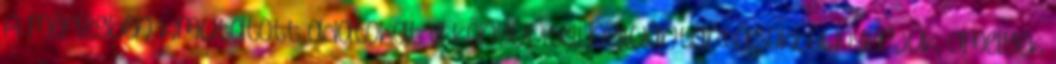
A mérlegben kimutatott adatokat a könyvviteli nyilvántartásokból nyerjük, amelyek